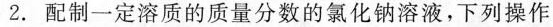
2.配制一定溶质的质量分数的氯化钠溶液，下列操作